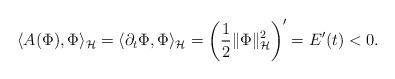
LaTeX: \begin{align*}\langle A(\Phi),\Phi\rangle_{\mathcal{H}}=\langle \partial_t\Phi,\Phi\rangle_{\mathcal{H}}=\left(\frac{1}{2}\|\Phi\|^2_{\mathcal{H}}\right)'=E'(t)<0.\end{align*}